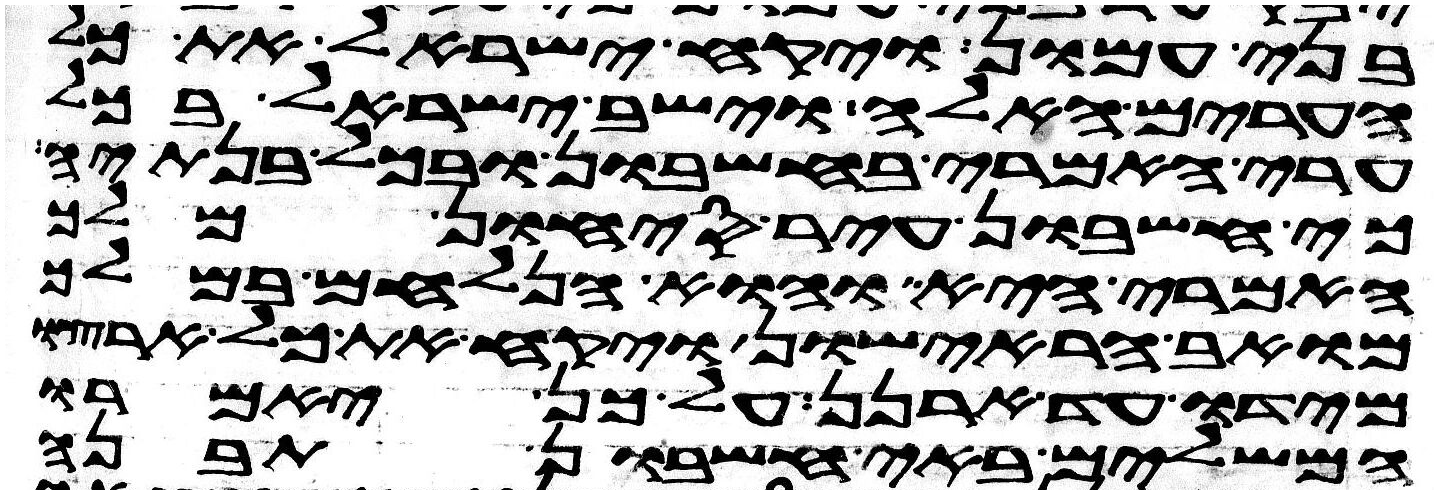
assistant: בני עמון ויקח ישראל את כל
הערים האלה וישב ישראל בכל
ערי האמרי בחשבון ובכל בנתיה
כי חשבון עיר סיחון מלך
האמרי היא והוא הנלחם במלך
מואב הראישון ויקח את כל ארצו
מידו עד ארנן על כן יאמרו
המשלים באי חשבון תבנה